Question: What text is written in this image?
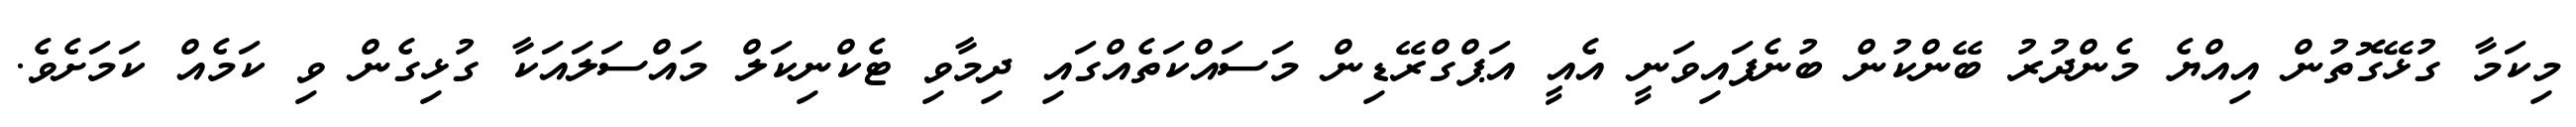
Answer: މިކަމާ ގުޅޭގޮތުން އިއްޔެ މެންދުރު ބޭންކުން ބުނެފައިވަނީ އެއީ އަޕްގްރޭޑިން މަސައްކަތެއްގައި ދިމާވި ޓެކްނިކަލް މައްސަލައަކާ ގުޅިގެން ވި ކަމެއް ކަމަށެވެ.